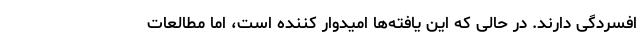
افسردگی دارند. در حالی که این یافته‌ها امیدوار کننده است، اما مطالعات